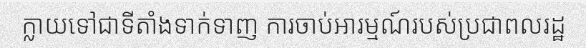
ក្លាយទៅជាទីតាំងទាក់ទាញ ការចាប់អារម្មណ៍របស់ប្រជាពលរដ្ឋ